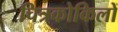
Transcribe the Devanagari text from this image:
चित्रकोकिलों